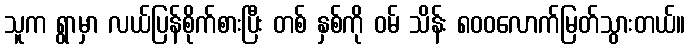
သူက ရွာမှာ လယ်ပြန်စိုက်စားပြီး တစ် နှစ်ကို ဝမ် သိန်း ၈၀၀လောက်မြတ်သွားတယ်။